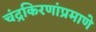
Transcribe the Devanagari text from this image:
चंद्रकिरणांप्रमाणे